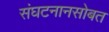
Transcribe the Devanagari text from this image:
संघटनानसोबत